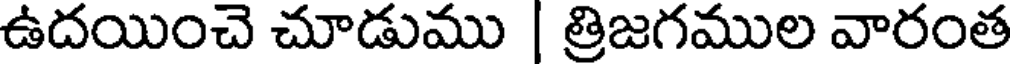
ఉదయించె చూడుము | త్రిజగముల వారంత